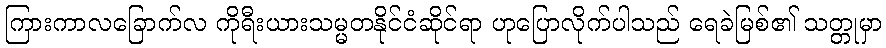
ကြားကာလခြောက်လ ကိုရီးယားသမ္မတနိုင်ငံဆိုင်ရာ ဟုပြောလိုက်ပါသည် ရေခဲမြစ်၏ သတ္တုမှာ